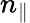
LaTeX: n_{\parallel}